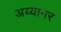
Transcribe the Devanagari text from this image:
अय्यानर